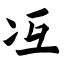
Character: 冱